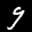
Label: 9